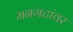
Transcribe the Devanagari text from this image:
मनगटांवर